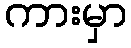
ကားမှာ